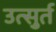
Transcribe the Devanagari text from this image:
उत्सुर्त